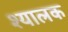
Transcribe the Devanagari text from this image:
श्यालक